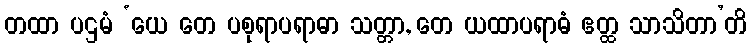
တထာ ပဌမံ ‘ယေ တေ ပစုရာပရာဓာ သတ္တာ, တေ ယထာပရာဓံ ဧတ္ထ သာသိတာ’တိ